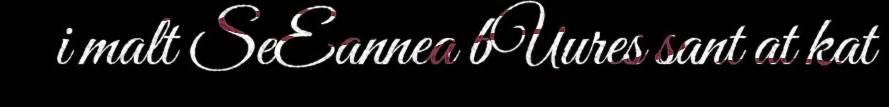
i malt SeEannea bUures sant at kat